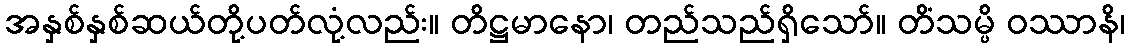
အနှစ်နှစ်ဆယ်တို့ပတ်လုံ့လည်း။ တိဋ္ဌမာနော၊ တည်သည်ရှိသော်။ တိံသမ္ပိ ဝဿာနိ၊